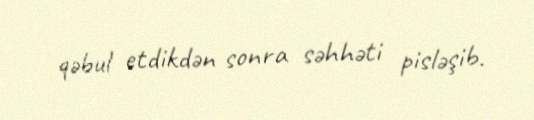
qəbul etdikdən sonra səhhəti pisləşib.